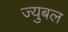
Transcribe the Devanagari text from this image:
ज्युबल